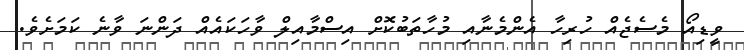
ވީޑިއޯ މެސެޖެއް ހުރިހާ އެންމެނާއި މުހާތަބުކޮށް އިސްމާއިލް ވާހަކައެއް ދަންނަ ވާނެ ކަމަށެވެ.